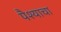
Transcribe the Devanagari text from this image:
पैश्याचा